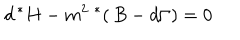
LaTeX: d \, ^ { * } H - m ^ { 2 } \ ^ { * } ( \, B - d \Gamma ) = 0